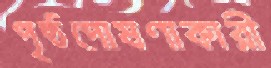
পৃষ্ঠপোষণাকারী